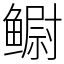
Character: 鳚